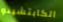
الكابتشينو